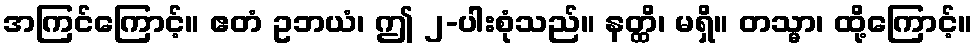
အကြင်ကြောင့်။ ဧတံ ဥဘယံ၊ ဤ ၂-ပါးစုံသည်။ နတ္ထိ၊ မရှိ။ တသ္မာ၊ ထို့ကြောင့်။